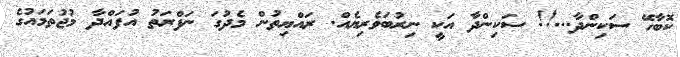
ކޮބާހޭ ސަކިންދާ...!! ސަކިންދާ އަކީ ނިރުބަވެރިޔެެއް. ރައްޔިތުން މެދުގަ ނަފްރަތު އުފައްދާ މުޖުތަމައުގެ